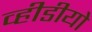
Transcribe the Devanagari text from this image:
व्हीडीयो